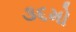
૩૬મો